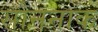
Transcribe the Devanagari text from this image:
सोननाक